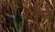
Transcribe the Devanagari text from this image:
देंनें